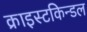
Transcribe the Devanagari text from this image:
क्राइस्टकिन्डल